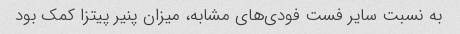
به نسبت سایر فست فودی‌های مشابه، میزان پنیر پیتزا کمک بود